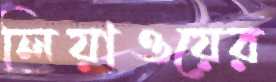
লিয়াওয়ের